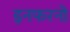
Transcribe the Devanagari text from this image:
इनफरनो